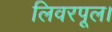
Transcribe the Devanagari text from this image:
लिवरपूल।